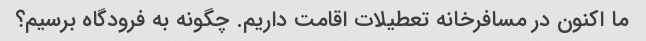
ما اکنون در مسافرخانه تعطیلات اقامت داریم. چگونه به فرودگاه برسیم؟